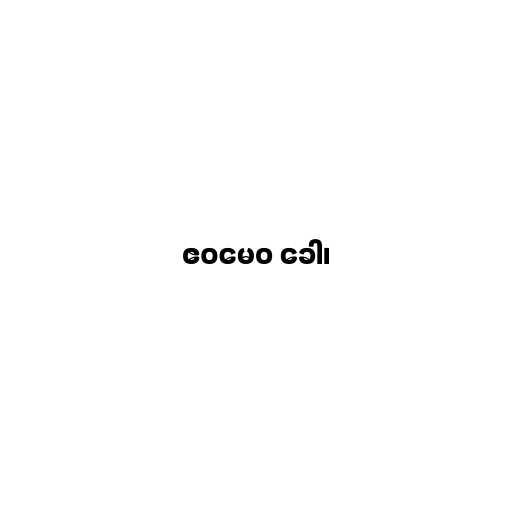
ဧဝမေဝ ခေါ၊